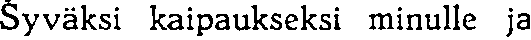
Syväksi kaipaukseksi minulle ja